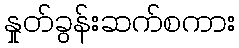
နှုတ်ခွန်းဆက်စကား